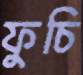
ফুচি